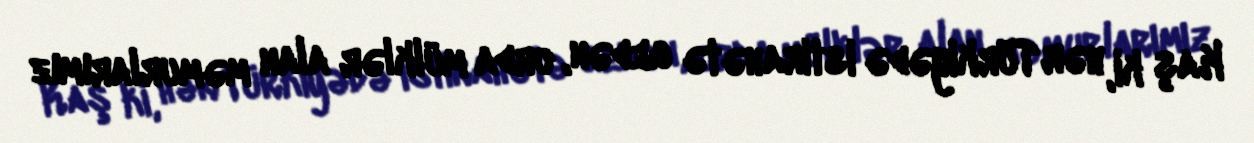
Kaş ki, hər Türkiyədə istirahətə gedən, orda mülklər alan məmurlarımız